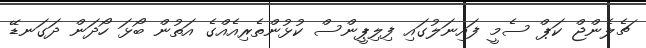
ޗެލެންޖް ކަޕް ސެމީ ފައިނަލުގައި ފިލިޕީންސް ކުޅުންތެރިއެއްގެ އަތުން ބޯޅަ ހޯދަން ދަގަނޑޭ